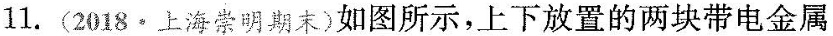
11.(2018·上海崇明期末)如图所示，上下放置的两块带电金属